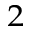
_ 2